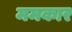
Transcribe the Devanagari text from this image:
ममकार